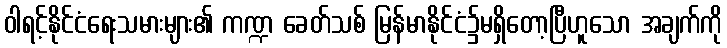
ဝါရင့်နိုင်ငံရေးသမားများ၏ ကဏ္ဍ ခေတ်သစ် မြန်မာနိုင်ငံ၌မရှိတော့ပြီဟူသော အချက်ကို